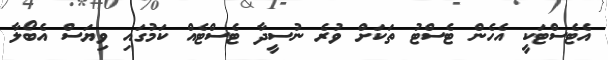
އެޓެސްޓަކީ އެހެން ޓެސްޓު ތަކަށް ވުރެ ނުސީދާ ޓެސްޓެއް ކަމުގައި ވިޔަސް އެބޯލާ